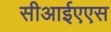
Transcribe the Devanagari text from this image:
सीआईएएस